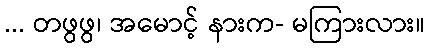
... တဖွဖွ၊ အမောင့် နားက- မကြားလား။